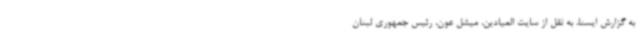
به گزارش ایسنا، به نقل از سایت المیادین، میشل عون، رئیس جمهوری لبنان